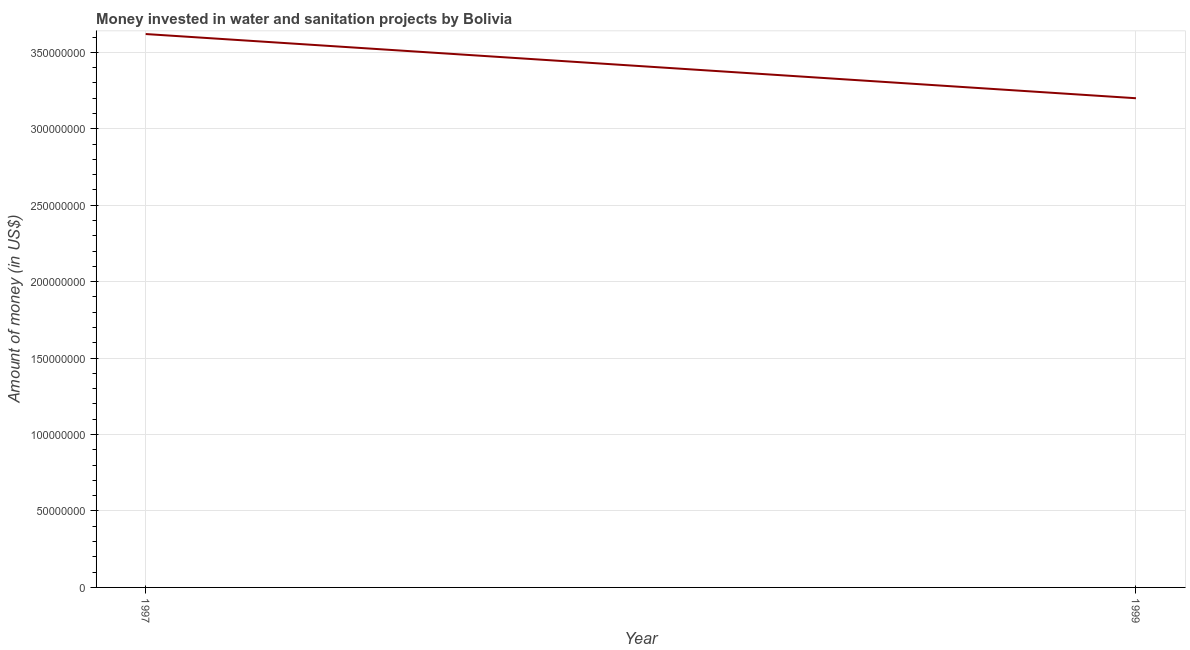
| Year | Investment |
 | --- | --- |
 | 1997 | 3.62e+08 |
 | 1999 | 3.2e+08 |